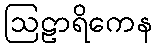
ဩဠာရိကေန